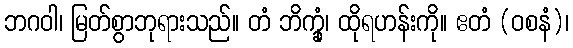
ဘဂဝါ၊ မြတ်စွာဘုရားသည်။ တံ ဘိက္ခုံ၊ ထိုရဟန်းကို။ ဧတံ (ဝစနံ)၊